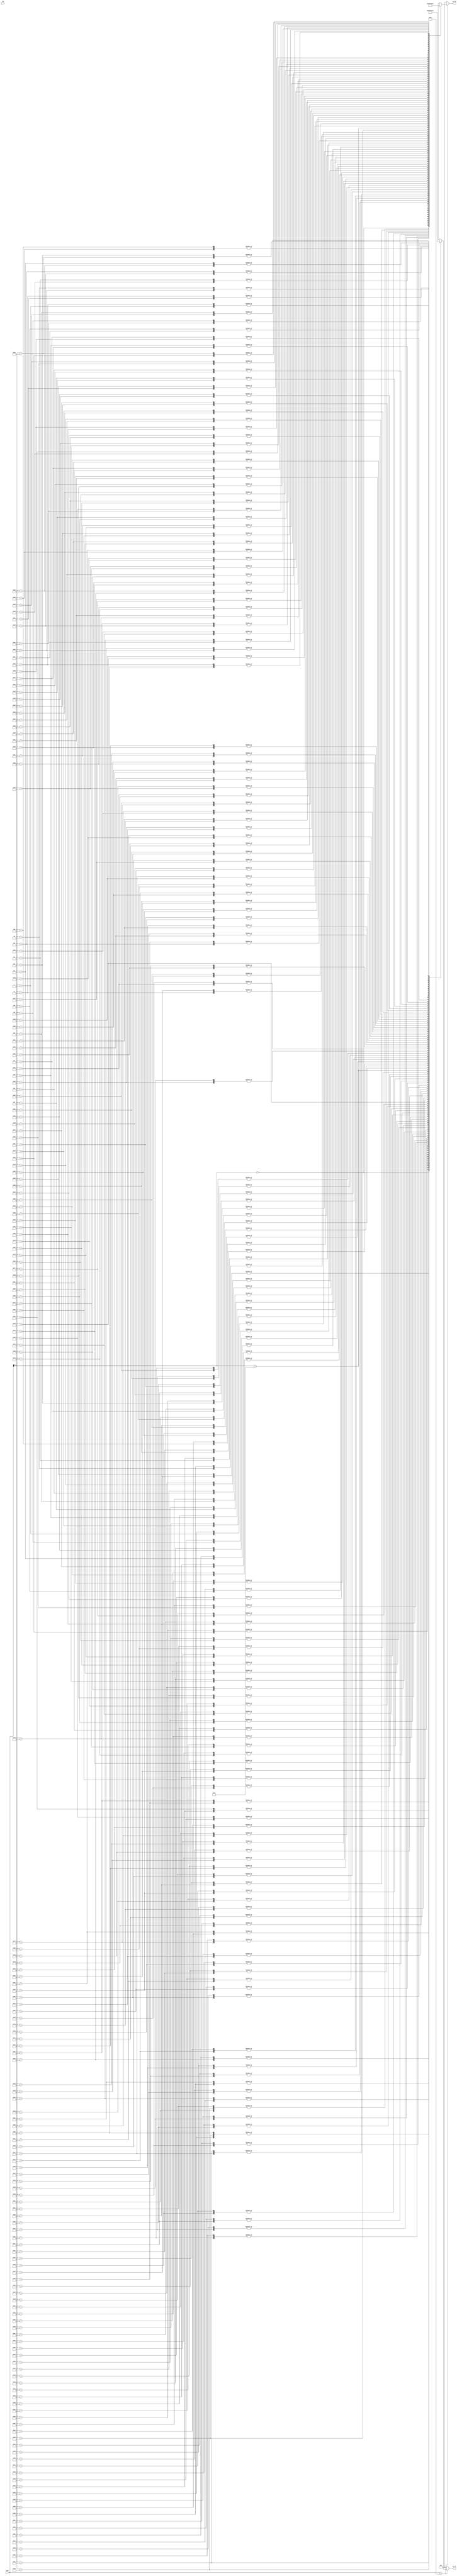
module Twiddle180 #(
    parameter   TW_FF = 0   //  Use Output Register
)(
    input           clk,  //  Master Clock
    input   [10:0]   addr,   //  Twiddle Factor Number
    output  [17:0]  tw_re,  //  Twiddle Factor (Real)
    output  [17:0]  tw_im   //  Twiddle Factor (Imag)
);

wire[17:0]  wn_re[0:179];   //  Twiddle Table (Real)
wire[17:0]  wn_im[0:179];   //  Twiddle Table (Imag)
wire[17:0]  mx_re;          //  Multiplexer output (Real)
wire[17:0]  mx_im;          //  Multiplexer output (Imag)
reg [17:0]  ff_re;          //  Register output (Real)
reg [17:0]  ff_im;          //  Register output (Imag)

assign  mx_re = addr<180 ? wn_re[addr] : 0;
assign  mx_im = addr<180 ? wn_im[addr] : 0;

always @(posedge clk) begin
    ff_re <= mx_re;
    ff_im <= mx_im;
end

assign  tw_re = TW_FF ? ff_re : mx_re;
assign  tw_im = TW_FF ? ff_im : mx_im;
assign wn_re[0] = 18'b000000010000000000; assign wn_im[0] = 18'b000000000000000000; 
assign wn_re[1] = 18'b000000001111111111; assign wn_im[1] = 18'b111111111111011100; 
assign wn_re[2] = 18'b000000001111111101; assign wn_im[2] = 18'b111111111110111000; 
assign wn_re[3] = 18'b000000001111111010; assign wn_im[3] = 18'b111111111110010100; 
assign wn_re[4] = 18'b000000001111110110; assign wn_im[4] = 18'b111111111101110001; 
assign wn_re[5] = 18'b000000001111110000; assign wn_im[5] = 18'b111111111101001110; 
assign wn_re[6] = 18'b000000001111101001; assign wn_im[6] = 18'b111111111100101011; 
assign wn_re[7] = 18'b000000001111100001; assign wn_im[7] = 18'b111111111100001000; 
assign wn_re[8] = 18'b000000001111011000; assign wn_im[8] = 18'b111111111011100101; 
assign wn_re[9] = 18'b000000001111001101; assign wn_im[9] = 18'b111111111011000011; 
assign wn_re[10] = 18'b000000001111000010; assign wn_im[10] = 18'b111111111010100001; 
assign wn_re[11] = 18'b000000001110110101; assign wn_im[11] = 18'b111111111010000000; 
assign wn_re[12] = 18'b000000001110100111; assign wn_im[12] = 18'b111111111001011111; 
assign wn_re[13] = 18'b000000001110011000; assign wn_im[13] = 18'b111111111000111111; 
assign wn_re[14] = 18'b000000001110001000; assign wn_im[14] = 18'b111111111000011111; 
assign wn_re[15] = 18'b000000001101110110; assign wn_im[15] = 18'b111111111000000000; 
assign wn_re[16] = 18'b000000001101100100; assign wn_im[16] = 18'b111111110111100001; 
assign wn_re[17] = 18'b000000001101010000; assign wn_im[17] = 18'b111111110111000011; 
assign wn_re[18] = 18'b000000001100111100; assign wn_im[18] = 18'b111111110110100110; 
assign wn_re[19] = 18'b000000001100100110; assign wn_im[19] = 18'b111111110110001001; 
assign wn_re[20] = 18'b000000001100010000; assign wn_im[20] = 18'b111111110101101101; 
assign wn_re[21] = 18'b000000001011111000; assign wn_im[21] = 18'b111111110101010010; 
assign wn_re[22] = 18'b000000001011100000; assign wn_im[22] = 18'b111111110100111000; 
assign wn_re[23] = 18'b000000001011000111; assign wn_im[23] = 18'b111111110100011111; 
assign wn_re[24] = 18'b000000001010101101; assign wn_im[24] = 18'b111111110100000111; 
assign wn_re[25] = 18'b000000001010010010; assign wn_im[25] = 18'b111111110011101111; 
assign wn_re[26] = 18'b000000001001110110; assign wn_im[26] = 18'b111111110011011001; 
assign wn_re[27] = 18'b000000001001011001; assign wn_im[27] = 18'b111111110011000011; 
assign wn_re[28] = 18'b000000001000111100; assign wn_im[28] = 18'b111111110010101111; 
assign wn_re[29] = 18'b000000001000011110; assign wn_im[29] = 18'b111111110010011011; 
assign wn_re[30] = 18'b000000001000000000; assign wn_im[30] = 18'b111111110010001001; 
assign wn_re[31] = 18'b000000000111100000; assign wn_im[31] = 18'b111111110001110111; 
assign wn_re[32] = 18'b000000000111000000; assign wn_im[32] = 18'b111111110001100111; 
assign wn_re[33] = 18'b000000000110100000; assign wn_im[33] = 18'b111111110001011000; 
assign wn_re[34] = 18'b000000000101111111; assign wn_im[34] = 18'b111111110001001010; 
assign wn_re[35] = 18'b000000000101011110; assign wn_im[35] = 18'b111111110000111101; 
assign wn_re[36] = 18'b000000000100111100; assign wn_im[36] = 18'b111111110000110010; 
assign wn_re[37] = 18'b000000000100011010; assign wn_im[37] = 18'b111111110000100111; 
assign wn_re[38] = 18'b000000000011110111; assign wn_im[38] = 18'b111111110000011110; 
assign wn_re[39] = 18'b000000000011010100; assign wn_im[39] = 18'b111111110000010110; 
assign wn_re[40] = 18'b000000000010110001; assign wn_im[40] = 18'b111111110000001111; 
assign wn_re[41] = 18'b000000000010001110; assign wn_im[41] = 18'b111111110000001001; 
assign wn_re[42] = 18'b000000000001101011; assign wn_im[42] = 18'b111111110000000101; 
assign wn_re[43] = 18'b000000000001000111; assign wn_im[43] = 18'b111111110000000010; 
assign wn_re[44] = 18'b000000000000100011; assign wn_im[44] = 18'b111111110000000000; 
assign wn_re[45] = 18'b000000000000000000; assign wn_im[45] = 18'b111111110000000000; 
assign wn_re[46] = 18'b111111111111011100; assign wn_im[46] = 18'b111111110000000000; 
assign wn_re[47] = 18'b111111111110111000; assign wn_im[47] = 18'b111111110000000010; 
assign wn_re[48] = 18'b111111111110010100; assign wn_im[48] = 18'b111111110000000101; 
assign wn_re[49] = 18'b111111111101110001; assign wn_im[49] = 18'b111111110000001001; 
assign wn_re[50] = 18'b111111111101001110; assign wn_im[50] = 18'b111111110000001111; 
assign wn_re[51] = 18'b111111111100101011; assign wn_im[51] = 18'b111111110000010110; 
assign wn_re[52] = 18'b111111111100001000; assign wn_im[52] = 18'b111111110000011110; 
assign wn_re[53] = 18'b111111111011100101; assign wn_im[53] = 18'b111111110000100111; 
assign wn_re[54] = 18'b111111111011000011; assign wn_im[54] = 18'b111111110000110010; 
assign wn_re[55] = 18'b111111111010100001; assign wn_im[55] = 18'b111111110000111101; 
assign wn_re[56] = 18'b111111111010000000; assign wn_im[56] = 18'b111111110001001010; 
assign wn_re[57] = 18'b111111111001011111; assign wn_im[57] = 18'b111111110001011000; 
assign wn_re[58] = 18'b111111111000111111; assign wn_im[58] = 18'b111111110001100111; 
assign wn_re[59] = 18'b111111111000011111; assign wn_im[59] = 18'b111111110001110111; 
assign wn_re[60] = 18'b111111111000000000; assign wn_im[60] = 18'b111111110010001001; 
assign wn_re[61] = 18'b111111110111100001; assign wn_im[61] = 18'b111111110010011011; 
assign wn_re[62] = 18'b111111110111000011; assign wn_im[62] = 18'b111111110010101111; 
assign wn_re[63] = 18'b111111110110100110; assign wn_im[63] = 18'b111111110011000011; 
assign wn_re[64] = 18'b111111110110001001; assign wn_im[64] = 18'b111111110011011001; 
assign wn_re[65] = 18'b111111110101101101; assign wn_im[65] = 18'b111111110011101111; 
assign wn_re[66] = 18'b111111110101010010; assign wn_im[66] = 18'b111111110100000111; 
assign wn_re[67] = 18'b111111110100111000; assign wn_im[67] = 18'b111111110100011111; 
assign wn_re[68] = 18'b111111110100011111; assign wn_im[68] = 18'b111111110100111000; 
assign wn_re[69] = 18'b111111110100000111; assign wn_im[69] = 18'b111111110101010010; 
assign wn_re[70] = 18'b111111110011101111; assign wn_im[70] = 18'b111111110101101101; 
assign wn_re[71] = 18'b111111110011011001; assign wn_im[71] = 18'b111111110110001001; 
assign wn_re[72] = 18'b111111110011000011; assign wn_im[72] = 18'b111111110110100110; 
assign wn_re[73] = 18'b111111110010101111; assign wn_im[73] = 18'b111111110111000011; 
assign wn_re[74] = 18'b111111110010011011; assign wn_im[74] = 18'b111111110111100001; 
assign wn_re[75] = 18'b111111110010001001; assign wn_im[75] = 18'b111111111000000000; 
assign wn_re[76] = 18'b111111110001110111; assign wn_im[76] = 18'b111111111000011111; 
assign wn_re[77] = 18'b111111110001100111; assign wn_im[77] = 18'b111111111000111111; 
assign wn_re[78] = 18'b111111110001011000; assign wn_im[78] = 18'b111111111001011111; 
assign wn_re[79] = 18'b111111110001001010; assign wn_im[79] = 18'b111111111010000000; 
assign wn_re[80] = 18'b111111110000111101; assign wn_im[80] = 18'b111111111010100001; 
assign wn_re[81] = 18'b111111110000110010; assign wn_im[81] = 18'b111111111011000011; 
assign wn_re[82] = 18'b111111110000100111; assign wn_im[82] = 18'b111111111011100101; 
assign wn_re[83] = 18'b111111110000011110; assign wn_im[83] = 18'b111111111100001000; 
assign wn_re[84] = 18'b111111110000010110; assign wn_im[84] = 18'b111111111100101011; 
assign wn_re[85] = 18'b111111110000001111; assign wn_im[85] = 18'b111111111101001110; 
assign wn_re[86] = 18'b111111110000001001; assign wn_im[86] = 18'b111111111101110001; 
assign wn_re[87] = 18'b111111110000000101; assign wn_im[87] = 18'b111111111110010100; 
assign wn_re[88] = 18'b111111110000000010; assign wn_im[88] = 18'b111111111110111000; 
assign wn_re[89] = 18'b111111110000000000; assign wn_im[89] = 18'b111111111111011100; 
assign wn_re[90] = 18'b111111110000000000; assign wn_im[90] = 18'b111111111111111111; 
assign wn_re[91] = 18'b111111110000000000; assign wn_im[91] = 18'b000000000000100011; 
assign wn_re[92] = 18'b111111110000000010; assign wn_im[92] = 18'b000000000001000111; 
assign wn_re[93] = 18'b111111110000000101; assign wn_im[93] = 18'b000000000001101011; 
assign wn_re[94] = 18'b111111110000001001; assign wn_im[94] = 18'b000000000010001110; 
assign wn_re[95] = 18'b111111110000001111; assign wn_im[95] = 18'b000000000010110001; 
assign wn_re[96] = 18'b111111110000010110; assign wn_im[96] = 18'b000000000011010100; 
assign wn_re[97] = 18'b111111110000011110; assign wn_im[97] = 18'b000000000011110111; 
assign wn_re[98] = 18'b111111110000100111; assign wn_im[98] = 18'b000000000100011010; 
assign wn_re[99] = 18'b111111110000110010; assign wn_im[99] = 18'b000000000100111100; 
assign wn_re[100] = 18'b111111110000111101; assign wn_im[100] = 18'b000000000101011110; 
assign wn_re[101] = 18'b111111110001001010; assign wn_im[101] = 18'b000000000101111111; 
assign wn_re[102] = 18'b111111110001011000; assign wn_im[102] = 18'b000000000110100000; 
assign wn_re[103] = 18'b111111110001100111; assign wn_im[103] = 18'b000000000111000000; 
assign wn_re[104] = 18'b111111110001110111; assign wn_im[104] = 18'b000000000111100000; 
assign wn_re[105] = 18'b111111110010001001; assign wn_im[105] = 18'b000000001000000000; 
assign wn_re[106] = 18'b111111110010011011; assign wn_im[106] = 18'b000000001000011110; 
assign wn_re[107] = 18'b111111110010101111; assign wn_im[107] = 18'b000000001000111100; 
assign wn_re[108] = 18'b111111110011000011; assign wn_im[108] = 18'b000000001001011001; 
assign wn_re[109] = 18'b111111110011011001; assign wn_im[109] = 18'b000000001001110110; 
assign wn_re[110] = 18'b111111110011101111; assign wn_im[110] = 18'b000000001010010010; 
assign wn_re[111] = 18'b111111110100000111; assign wn_im[111] = 18'b000000001010101101; 
assign wn_re[112] = 18'b111111110100011111; assign wn_im[112] = 18'b000000001011000111; 
assign wn_re[113] = 18'b111111110100111000; assign wn_im[113] = 18'b000000001011100000; 
assign wn_re[114] = 18'b111111110101010010; assign wn_im[114] = 18'b000000001011111000; 
assign wn_re[115] = 18'b111111110101101101; assign wn_im[115] = 18'b000000001100010000; 
assign wn_re[116] = 18'b111111110110001001; assign wn_im[116] = 18'b000000001100100110; 
assign wn_re[117] = 18'b111111110110100110; assign wn_im[117] = 18'b000000001100111100; 
assign wn_re[118] = 18'b111111110111000011; assign wn_im[118] = 18'b000000001101010000; 
assign wn_re[119] = 18'b111111110111100001; assign wn_im[119] = 18'b000000001101100100; 
assign wn_re[120] = 18'b111111110111111111; assign wn_im[120] = 18'b000000001101110110; 
assign wn_re[121] = 18'b111111111000011111; assign wn_im[121] = 18'b000000001110001000; 
assign wn_re[122] = 18'b111111111000111111; assign wn_im[122] = 18'b000000001110011000; 
assign wn_re[123] = 18'b111111111001011111; assign wn_im[123] = 18'b000000001110100111; 
assign wn_re[124] = 18'b111111111010000000; assign wn_im[124] = 18'b000000001110110101; 
assign wn_re[125] = 18'b111111111010100001; assign wn_im[125] = 18'b000000001111000010; 
assign wn_re[126] = 18'b111111111011000011; assign wn_im[126] = 18'b000000001111001101; 
assign wn_re[127] = 18'b111111111011100101; assign wn_im[127] = 18'b000000001111011000; 
assign wn_re[128] = 18'b111111111100001000; assign wn_im[128] = 18'b000000001111100001; 
assign wn_re[129] = 18'b111111111100101011; assign wn_im[129] = 18'b000000001111101001; 
assign wn_re[130] = 18'b111111111101001110; assign wn_im[130] = 18'b000000001111110000; 
assign wn_re[131] = 18'b111111111101110001; assign wn_im[131] = 18'b000000001111110110; 
assign wn_re[132] = 18'b111111111110010100; assign wn_im[132] = 18'b000000001111111010; 
assign wn_re[133] = 18'b111111111110111000; assign wn_im[133] = 18'b000000001111111101; 
assign wn_re[134] = 18'b111111111111011100; assign wn_im[134] = 18'b000000001111111111; 
assign wn_re[135] = 18'b111111111111111111; assign wn_im[135] = 18'b000000010000000000; 
assign wn_re[136] = 18'b000000000000100011; assign wn_im[136] = 18'b000000001111111111; 
assign wn_re[137] = 18'b000000000001000111; assign wn_im[137] = 18'b000000001111111101; 
assign wn_re[138] = 18'b000000000001101011; assign wn_im[138] = 18'b000000001111111010; 
assign wn_re[139] = 18'b000000000010001110; assign wn_im[139] = 18'b000000001111110110; 
assign wn_re[140] = 18'b000000000010110001; assign wn_im[140] = 18'b000000001111110000; 
assign wn_re[141] = 18'b000000000011010100; assign wn_im[141] = 18'b000000001111101001; 
assign wn_re[142] = 18'b000000000011110111; assign wn_im[142] = 18'b000000001111100001; 
assign wn_re[143] = 18'b000000000100011010; assign wn_im[143] = 18'b000000001111011000; 
assign wn_re[144] = 18'b000000000100111100; assign wn_im[144] = 18'b000000001111001101; 
assign wn_re[145] = 18'b000000000101011110; assign wn_im[145] = 18'b000000001111000010; 
assign wn_re[146] = 18'b000000000101111111; assign wn_im[146] = 18'b000000001110110101; 
assign wn_re[147] = 18'b000000000110100000; assign wn_im[147] = 18'b000000001110100111; 
assign wn_re[148] = 18'b000000000111000000; assign wn_im[148] = 18'b000000001110011000; 
assign wn_re[149] = 18'b000000000111100000; assign wn_im[149] = 18'b000000001110001000; 
assign wn_re[150] = 18'b000000001000000000; assign wn_im[150] = 18'b000000001101110110; 
assign wn_re[151] = 18'b000000001000011110; assign wn_im[151] = 18'b000000001101100100; 
assign wn_re[152] = 18'b000000001000111100; assign wn_im[152] = 18'b000000001101010000; 
assign wn_re[153] = 18'b000000001001011001; assign wn_im[153] = 18'b000000001100111100; 
assign wn_re[154] = 18'b000000001001110110; assign wn_im[154] = 18'b000000001100100110; 
assign wn_re[155] = 18'b000000001010010010; assign wn_im[155] = 18'b000000001100010000; 
assign wn_re[156] = 18'b000000001010101101; assign wn_im[156] = 18'b000000001011111000; 
assign wn_re[157] = 18'b000000001011000111; assign wn_im[157] = 18'b000000001011100000; 
assign wn_re[158] = 18'b000000001011100000; assign wn_im[158] = 18'b000000001011000111; 
assign wn_re[159] = 18'b000000001011111000; assign wn_im[159] = 18'b000000001010101101; 
assign wn_re[160] = 18'b000000001100010000; assign wn_im[160] = 18'b000000001010010010; 
assign wn_re[161] = 18'b000000001100100110; assign wn_im[161] = 18'b000000001001110110; 
assign wn_re[162] = 18'b000000001100111100; assign wn_im[162] = 18'b000000001001011001; 
assign wn_re[163] = 18'b000000001101010000; assign wn_im[163] = 18'b000000001000111100; 
assign wn_re[164] = 18'b000000001101100100; assign wn_im[164] = 18'b000000001000011110; 
assign wn_re[165] = 18'b000000001101110110; assign wn_im[165] = 18'b000000001000000000; 
assign wn_re[166] = 18'b000000001110001000; assign wn_im[166] = 18'b000000000111100000; 
assign wn_re[167] = 18'b000000001110011000; assign wn_im[167] = 18'b000000000111000000; 
assign wn_re[168] = 18'b000000001110100111; assign wn_im[168] = 18'b000000000110100000; 
assign wn_re[169] = 18'b000000001110110101; assign wn_im[169] = 18'b000000000101111111; 
assign wn_re[170] = 18'b000000001111000010; assign wn_im[170] = 18'b000000000101011110; 
assign wn_re[171] = 18'b000000001111001101; assign wn_im[171] = 18'b000000000100111100; 
assign wn_re[172] = 18'b000000001111011000; assign wn_im[172] = 18'b000000000100011010; 
assign wn_re[173] = 18'b000000001111100001; assign wn_im[173] = 18'b000000000011110111; 
assign wn_re[174] = 18'b000000001111101001; assign wn_im[174] = 18'b000000000011010100; 
assign wn_re[175] = 18'b000000001111110000; assign wn_im[175] = 18'b000000000010110001; 
assign wn_re[176] = 18'b000000001111110110; assign wn_im[176] = 18'b000000000010001110; 
assign wn_re[177] = 18'b000000001111111010; assign wn_im[177] = 18'b000000000001101011; 
assign wn_re[178] = 18'b000000001111111101; assign wn_im[178] = 18'b000000000001000111; 
assign wn_re[179] = 18'b000000001111111111; assign wn_im[179] = 18'b000000000000100011; 

endmodule